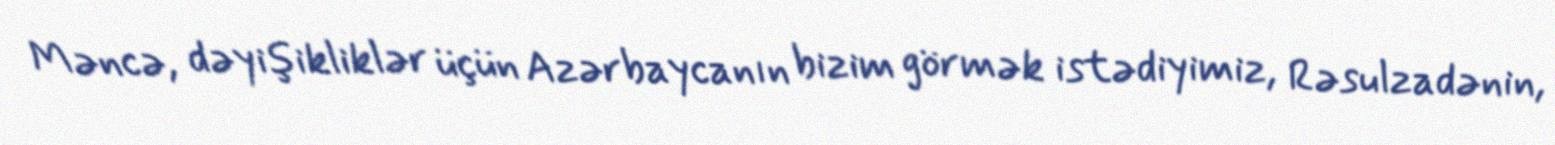
Məncə, dəyişikliklər üçün Azərbaycanın bizim görmək istədiyimiz, Rəsulzadənin,